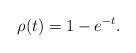
LaTeX: \begin{align*}\rho(t) = 1 - e^{-t}.\end{align*}